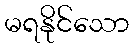
မရနိုင်သော